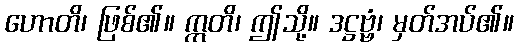
ဟောတိ၊ ဖြစ်၏။ ဣတိ၊ ဤသို့။ ဒဋ္ဌဗ္ဗံ၊ မှတ်အပ်၏။